Veterinary regulations India, 1925 -
Year: 1925
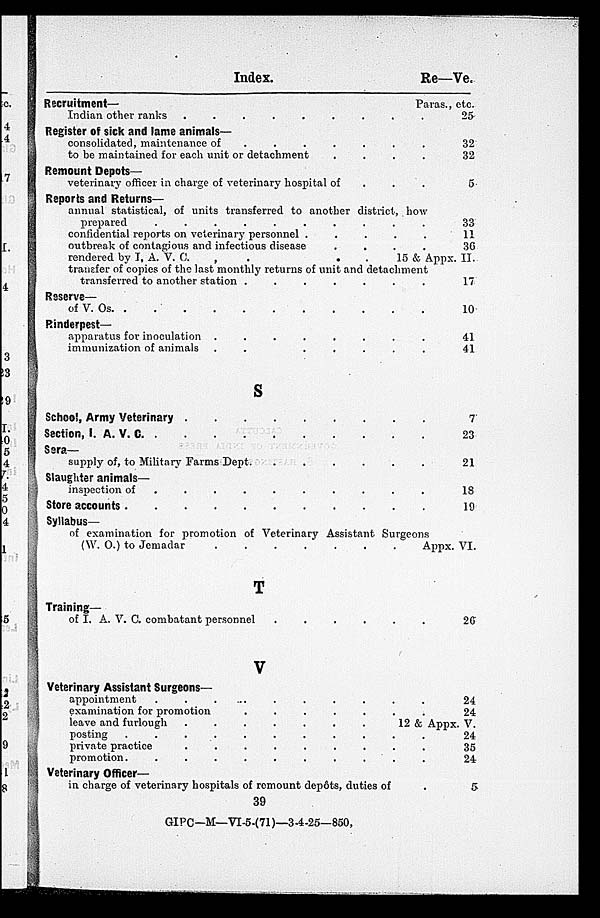
Index.
Re—Ve.
Recruitment—
Paras., etc.
Indian other ranks . . . . . . . . .
Register of sick and lame animals—
consolidated, maintenance of . . . . . . . . .
to be maintained for each unit or detachment
.
.
.
.
Remount Depots—
veterinary officer in charge of veterinary hospital of . . .
Reports and Returns—
annual statistical, of units transferred to another district, how
prepared . . . . . . . . .
confidential reports on veterinary personnel
.
.
.
.
.
outbreak of contagious and infectious disease
.
.
.
.
rendered by I. A. V.
C.
.
.
.
.
15 & Appx.
transfer of copies of the last monthly returns of unit and detachment
transferred to another station . . . . . . . . .
Reserve—
of V. Os. . . . . . . . . . . . . .
Rinderpest—
apparatus for inoculation . . . . . . . . .
immunization of animals . . . . . . . . .
S
School, Army Veterinary . . . . . . . . .
Section, I. A. V. C. . . . . . . . . .
Sera—
supply of, to Military Farms Dept. . . . . . . . . .
Slaughter animals—
inspection of . . . . . . . . .
Stere accounts . . . . . . . . .
Syllabus—
of examination for promotion of Veterinary Assistant Surgeons
(W. O.) to Jemadar
.
.
.
.
.
.
.
.
.
Appx.
T
Training—
of I. A. V. C. combatant personnel . . . . . . . . .
V
Veterinary Assistant Surgeons—
appointment . . . . . . . . .
examination for promotion . . . . . . . . .
leave and furlough
.
.
.
.
.
.
.
.
.
12 & Appx
posting . . . . . . . . .
private practice . . . . . . . . .
promotion . . . . . . . . .
Veterinary Officer—
in charge of veterinary hospitals of remount depôts, duties of .
25
32
32
5
33
11
36
II.
17
10
41
41
7
23
21
18
19
VI.
26
24
24
V.
24
35
24
5
39
GIPC—M—VI-5-(71)—3-4-25—850,